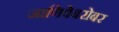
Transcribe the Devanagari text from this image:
जाणिवेबरोबर